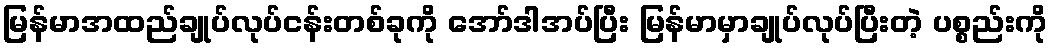
မြန်မာအထည်ချုပ်လုပ်ငန်းတစ်ခုကို အော်ဒါအပ်ပြီး မြန်မာမှာချုပ်လုပ်ပြီးတဲ့ ပစ္စည်းကို